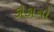
કોકાનો